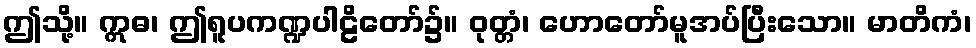
ဤသို့။ ဣဓ၊ ဤရူပကဏ္ဍပါဠိတော်၌။ ဝုတ္တံ၊ ဟောတော်မူအပ်ပြီးသော။ မာတိကံ၊